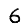
Digit: 6